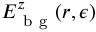
E _ { \mathrm { ~ b ~ g ~ } } ^ { z } ( \boldsymbol { r } , \epsilon )